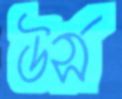
উর্স